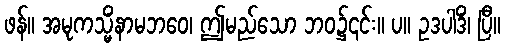
ဖန်။ အမုကသ္မိံနာမဘဝေ၊ ဤမည်သော ဘဝ၌၎င်း။ ပ။ ဥဒပါဒိံ၊ ပြီ။